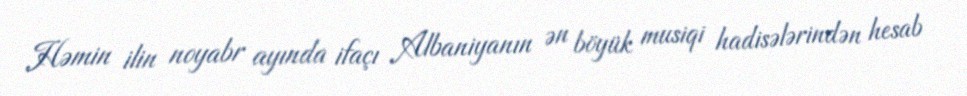
Həmin ilin noyabr ayında ifaçı Albaniyanın ən böyük musiqi hadisələrindən hesab